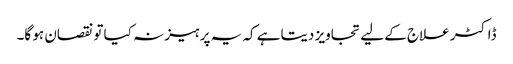
ڈاکٹر علاج کے لیے تجاویز دیتا ہے کہ یہ پرہیز نہ کیا تو نقصان ہو گا۔